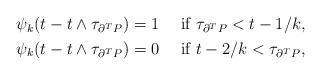
LaTeX: \begin{align*}\begin{aligned}\psi_k(t-t\wedge\tau_{\partial^TP})&=1\quad\hbox{ if }\tau_{\partial^TP} < t-1/k,\\\psi_k(t-t\wedge\tau_{\partial^TP})&=0\quad\hbox{ if }t-2/k <\tau_{\partial^TP},\end{aligned}\end{align*}